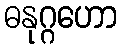
ဓနုဂ္ဂဟော